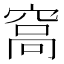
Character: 𥦮